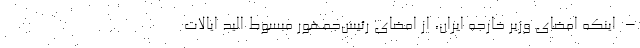
– اینکه امضای وزیر خارجه ایران، از امضای رئیس‌جمهور مبسوط الید ایالات